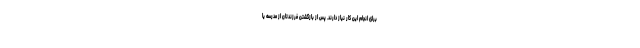
برای انجام این کار نیاز دارند. پس از بازگشتن فرزندتان از مدرسه یا